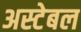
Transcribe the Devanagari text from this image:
अस्टेबल